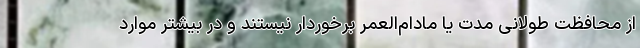
از محافظت طولانی مدت یا مادام‌العمر برخوردار نیستند و در بیشتر موارد